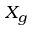
X _ { g }